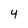
Character: 4